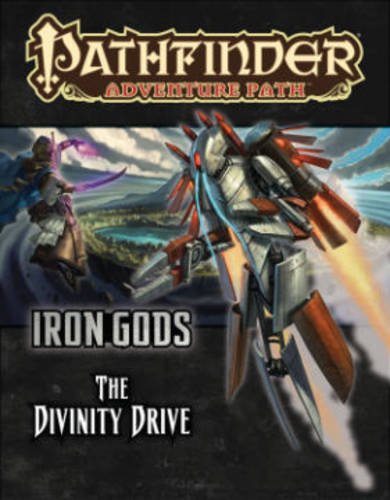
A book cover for Pathfinder Adventure Path: Iron Gods Part 6 - The Divinity Drive; Crystal Fraiser; Science Fiction & Fantasy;